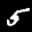
Label: 5